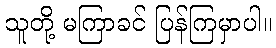
သူတို့ မကြာခင် ပြန်ကြမှာပါ။